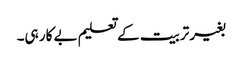
بغیر تربیت کے تعلیم بے کار ہی۔